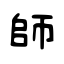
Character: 師